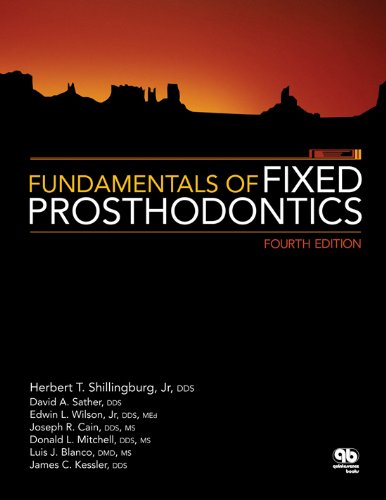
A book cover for Fundamentals of Fixed Prosthodontics; Herbert T. Shillingburg; Medical Books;